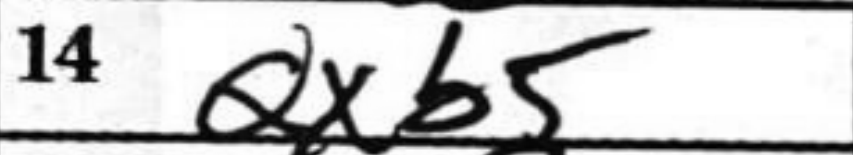
Transcription: Qxb5